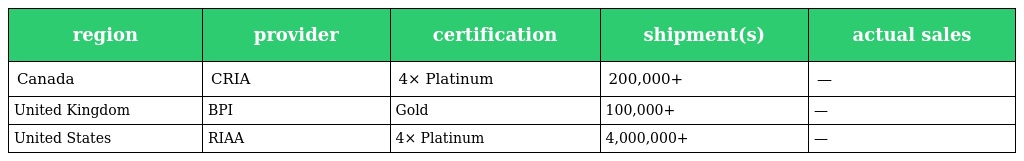
| region | provider | certification | shipment(s) | actual sales |
 | --- | --- | --- | --- | --- |
 | Canada | CRIA | 4× Platinum | 200,000+ | — |
 | United Kingdom | BPI | Gold | 100,000+ | — |
 | United States | RIAA | 4× Platinum | 4,000,000+ | — |